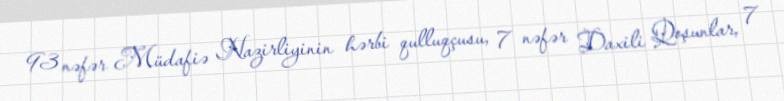
93 nəfər Müdafiə Nazirliyinin hərbi qulluqçusu, 7 nəfər Daxili Qoşunlar, 7